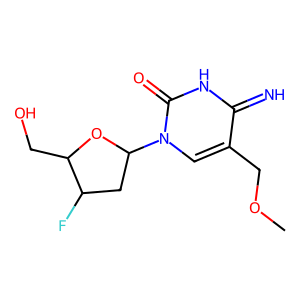
SMILES: COCc1cn(C2CC(F)C(CO)O2)c(=O)[nH]c1=N
Inhibits HIV replication: No